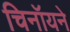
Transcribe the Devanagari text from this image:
चिनॉयने